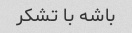
باشه با تشکر